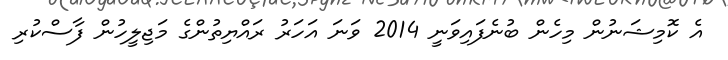
އެ ކޮމިޝަނުން މިހެން ބުނެފައިވަނީ 2014 ވަނަ އަހަރު ރައްޔިތުންގެ މަޖިލީހުން ފާސްކުރި